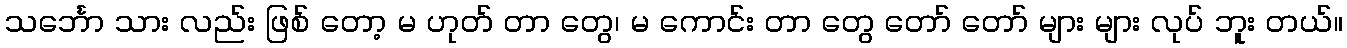
သင်္ဘော သား လည်း ဖြစ် တော့ မ ဟုတ် တာ တွေ၊ မ ကောင်း တာ တွေ တော် တော် များ များ လုပ် ဘူး တယ်။